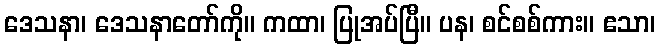
ဒေသနာ၊ ဒေသနာတော်ကို။ ကထာ၊ ပြုအပ်ပြီ။ ပန၊ စင်စစ်ကား။ ဧသာ၊